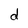
Character: d